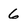
Character: 6